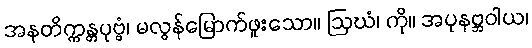
အနတိက္ကန္တပုဗ္ဗံ၊ မလွန်မြောက်ဖူးသော။ ဩဃံ၊ ကို။ အပုနဗ္ဘဝါယ၊